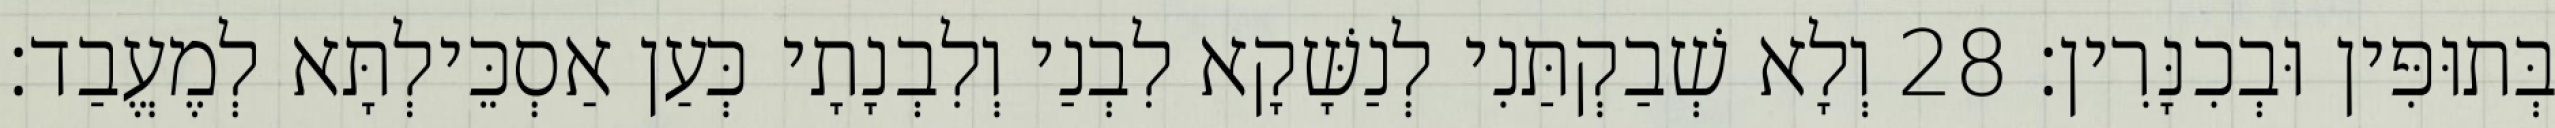
בְּתוּפִּין וּבְכִנָּרִין׃ 28 וְלָא שְׁבַקְתַּנִי לְנַשָּׁקָא לִבְנַי וְלִבְנָתָי כְּעַן אַסְכֵּילְתָּא לְמֶעֱבַד׃